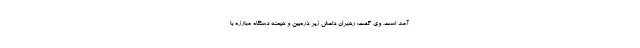
آمد است. وی گفت: رهبران داعش زیر ذره‌بین و هیمنه دستگاه مبارزه با